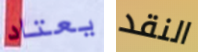
يعتاد النقد